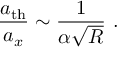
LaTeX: \frac { a _ { \mathrm { t h } } } { a _ { x } } \sim \frac { 1 } { \alpha \sqrt { R } } \ .